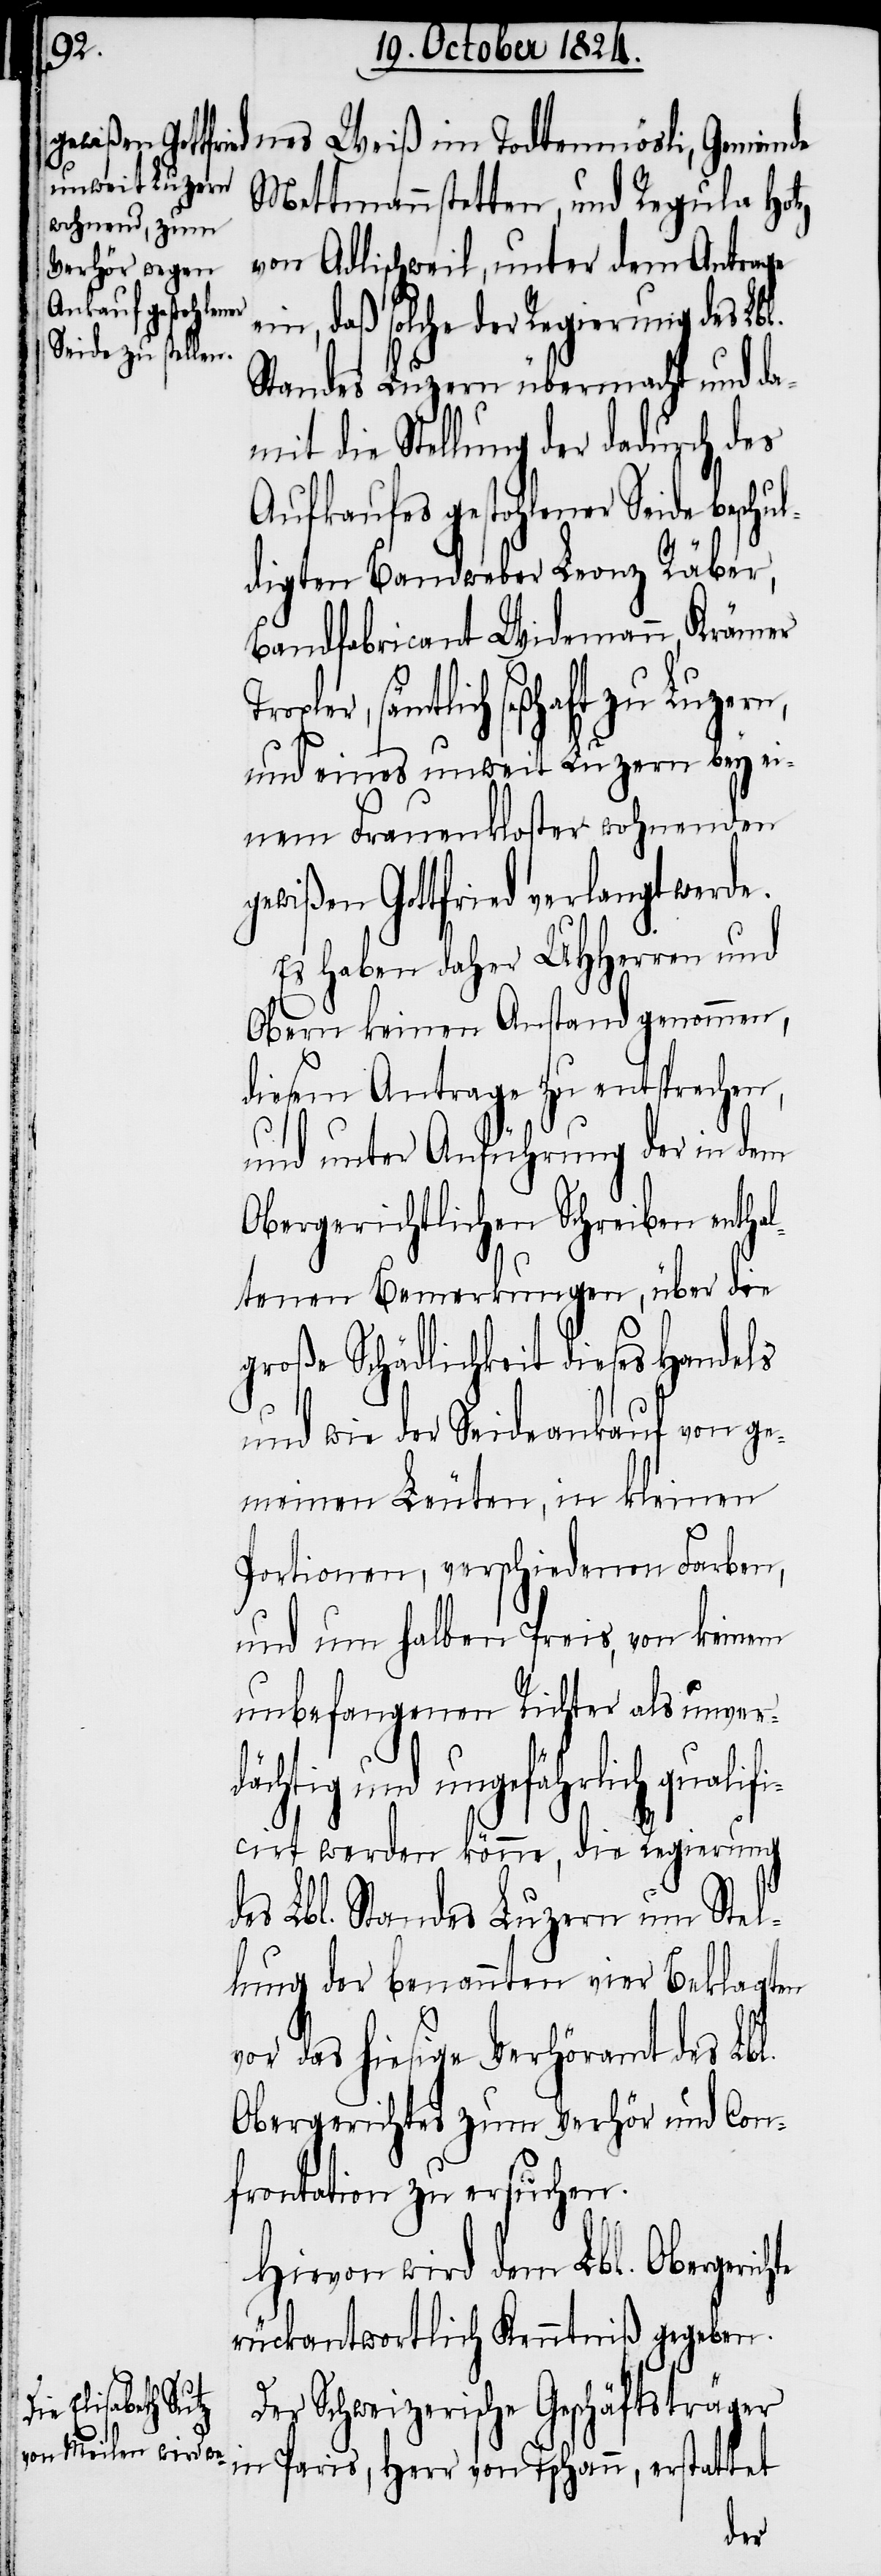
nes Weiß im Todtenmösli, Gemeinde
Mettmannstetten, und Regula Hotz
von Adlischweil, unter dem Antrage
ein, daß solche der Regierung des Lb¬
Standes Luzern übermacht und da¬
mit die Stellung der dadurch des
Aufkaufes gestohlener Seide beschul¬
digten Bandweber Leonz Räber,
Bandfabricant Widemann, Krämer
sämtlich seßhaft zu Luzern,
und eines unweit Luzern bey ei¬
nem Frauenkloster wohnenden
gewißen Gottfried verlangt werde.
Es haben UHHerren und
Obern keinen Anstand genommen,
diesem Antrage zu entsprechen,
und unter Anführung der in dem
Obergerichtlichen Schreiben enthal¬
tenen Bemerkungen, über die
große Schädlichkeit dieses Handels
und wie der Seideankauf von ge¬
meinen Leuten, in kleinen
Portionen, verschiedenen Farben,
und um halben Preis, von keinem
unbefangenen Richter als unver¬
dächtig und ungefährlich qualifi¬
cirt werden könne, die Regierung
des Lbl. Standes Luzern um Stel¬
lung der benannten vier Beklagten
vor das hiesige Verhöramt des Lbl.
Obergerichts zum Verhör und Con¬
frontation zu ersuchen.
Hievon wird dem Lbl. Obergerich¬
rückantwortlich Kenntniß gegeben.
Der Schweizerische Geschäftsträger
in Paris, Herr von Tschann, erstattet
te